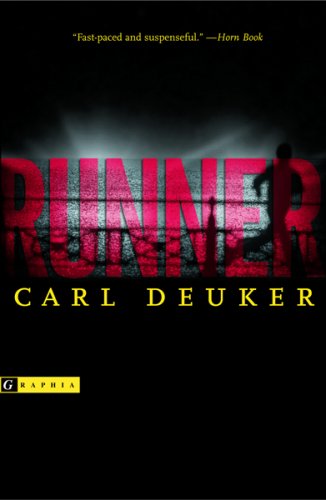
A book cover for Runner; Carl Deuker; Teen & Young Adult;